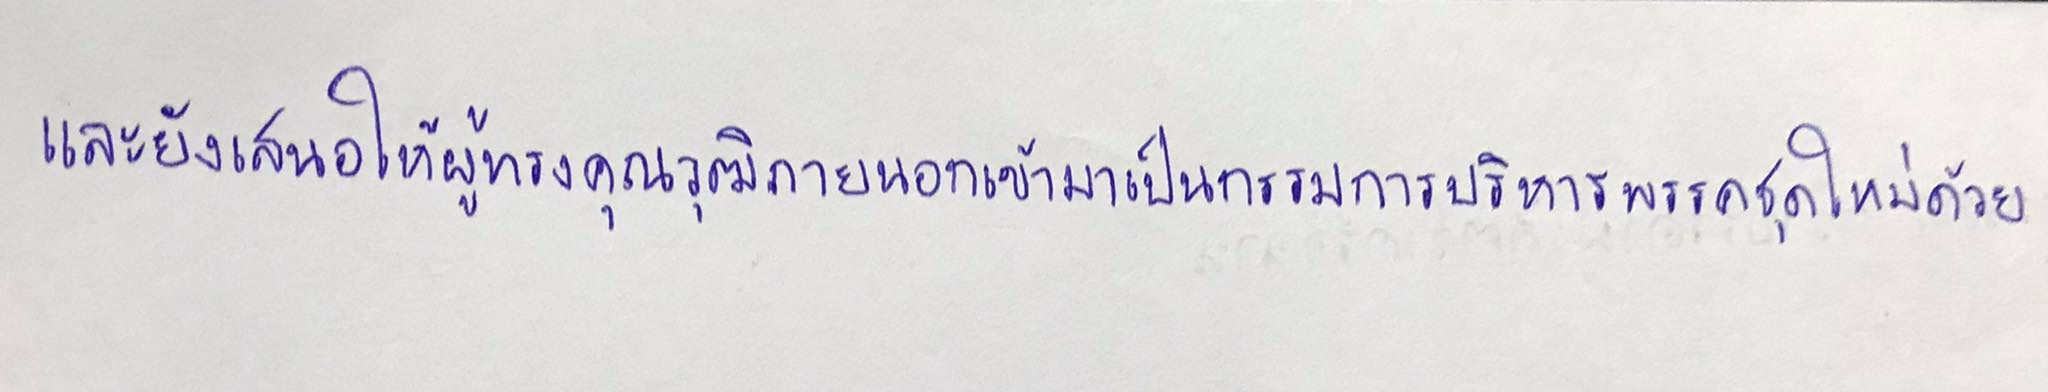
และยังเสนอให้ผู้ทรงคุณวุฒิภายนอกเข้ามาเป็นกรรมการบริหารพรรคชุดใหม่ด้วย